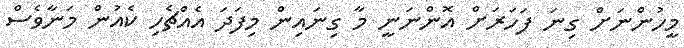
މީހުންނަށް ގިނަ ފަހަރަށް އޮންނަނީ މާ ގިނައިން މިފަދަ އެއްޗެހި ކެއުން މަނާވެސް